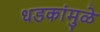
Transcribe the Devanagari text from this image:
धडकांमुळे